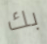
بك